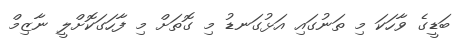
ބަޑީގެ ވާހަކަ މި ތަނުގައި އަޅުގަނޑު މި ގޮތަށް މި ފާހަގަކޮށްލީ ނާޒިމް